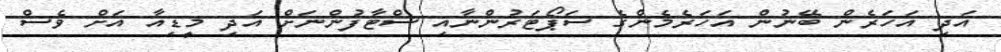
އަދި އަހަރެން ބޭނުން އަހަރެމެންގެ ސަޕޯޓަރުންނާއި ސްޓާފުންނަށް އަދި މީޑިއާ އަށް ވެސް